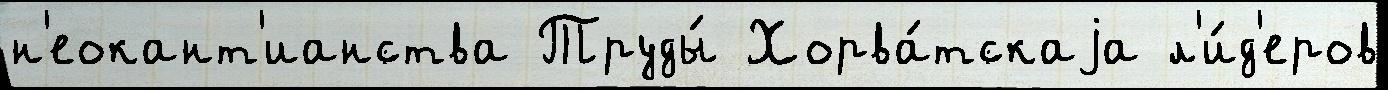
н'еокант'ианства Труды́ Хорва́тскаjа л'и́д'еров